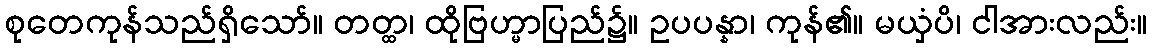
စုတေကုန်သည်ရှိသော်။ တတ္ထ၊ ထိုဗြဟ္မာပြည်၌။ ဥပပန္နာ၊ ကုန်၏။ မယှံပိ၊ ငါအားလည်း။